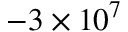
- 3 \times 1 0 ^ { 7 }